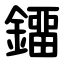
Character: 鐂